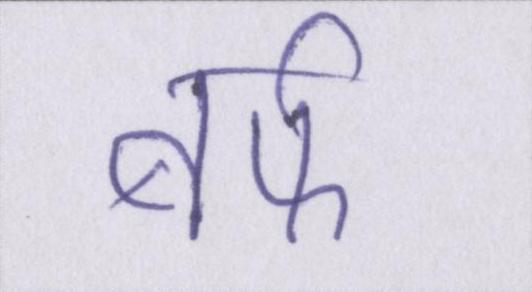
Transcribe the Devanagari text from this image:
बर्फ